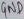
Text: GND